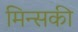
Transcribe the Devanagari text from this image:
मिन्सकी